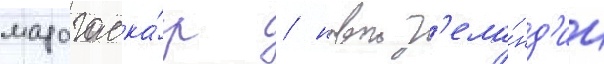
мадагаска́р / новои з'ела́нд'ии